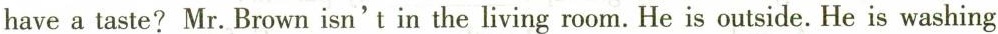
havea taste? Mr. Brown isn't in the living room. He is outside. He is washing